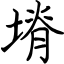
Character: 塉